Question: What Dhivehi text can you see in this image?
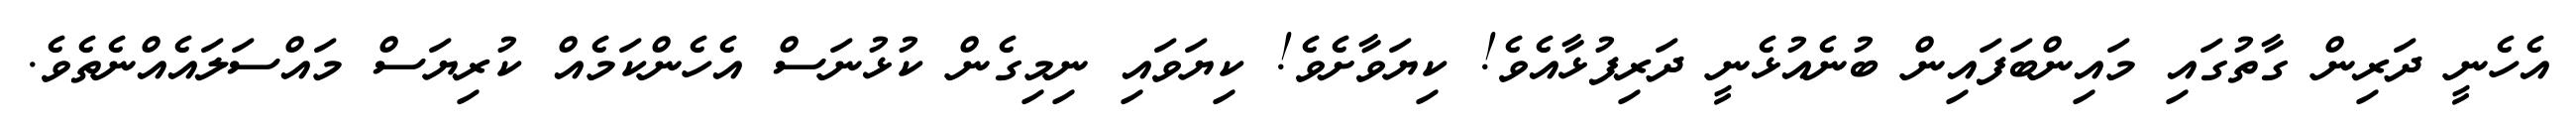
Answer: އެހެނީ ދަރިން ގާތުގައި މައިންބަފައިން ބުނެއުޅެނީ ދަރިފުޅާއެވެ! ކިޔަވާށެވެ! ކިޔަވައި ނިމިގެން ކުޅުނަސް އެހެންކަމެއް ކުރިޔަސް މައްސަލައެއްނެތެވެ.